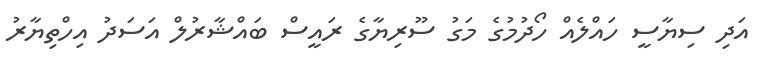
އަދި ސިޔާސީ ހައްލެއް ހޯދުމުގެ މަގު ސޫރިޔާގެ ރައީސް ބައްޝާރުލް އަސަދު އިހްތިޔާރު